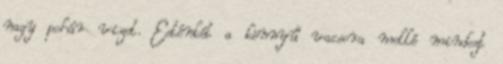
nagy pohár vizet. Esténkét a könnyű vacsora mellé mindezt